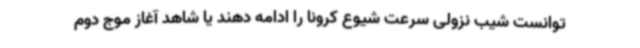
توانست شیب نزولی سرعت شیوع کرونا را ادامه دهند یا شاهد آغاز موج دوم